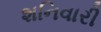
શનિવારી